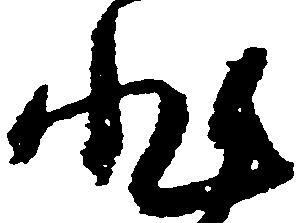
非